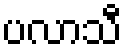
ပလာသီ